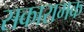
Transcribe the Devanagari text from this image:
सकारामक